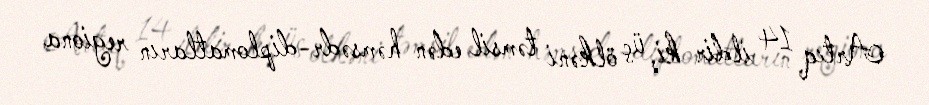
Artıq 14 ildir ki, üç ölkəni təmsil edən həmsədr-diplomatların regiona